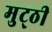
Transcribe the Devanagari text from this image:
मुट्‌ठी